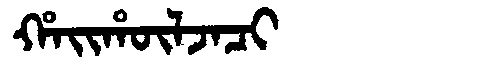
Manchu: ᡥᠠᡳᡥᡡᠯᠵᠠᠴᡳ
Romanization: HAIHŪLJACI